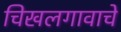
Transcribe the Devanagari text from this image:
चिखलगावाचे